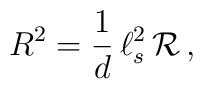
R^2 = \frac{1}{d} \, \ell_s^2 \, {\cal R} \, ,